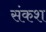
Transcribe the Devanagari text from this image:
संकश